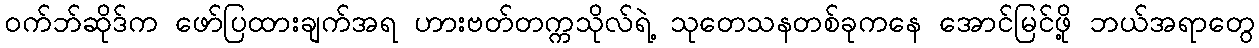
ဝက်ဘ်ဆိုဒ်က ဖော်ပြထားချက်အရ ဟားဗတ်တက္ကသိုလ်ရဲ့ သုတေသနတစ်ခုကနေ အောင်မြင်ဖို့ ဘယ်အရာတွေ